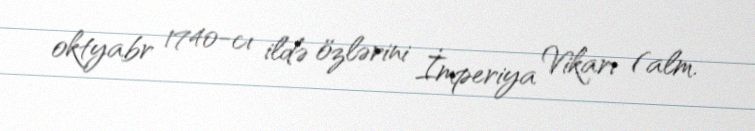
oktyabr 1740-cı ildə özlərini İmperiya Vikarı (alm.